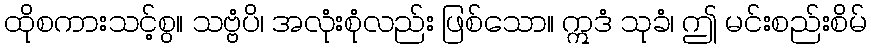
ထိုစကားသင့်စွ။ သဗ္ဗံပိ၊ အလုံးစုံလည်း ဖြစ်သော။ ဣဒံ သုခံ၊ ဤ မင်းစည်းစိမ်